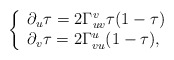
\begin{align*} \left\{ \begin{array}{lr} \partial_u\tau=2\Gamma_{uv}^v\tau(1-\tau)\\ \partial_v\tau=2\Gamma_{vu}^u(1-\tau), \end{array}\right.\end{align*}